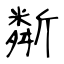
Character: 斴